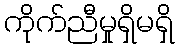
ကိုက်ညီမှုရှိမရှိ